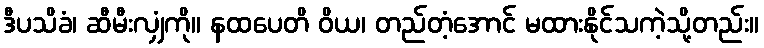
ဒီပသိခံ၊ ဆီမီးလျှံကို။ နထပေတိ ဝိယ၊ တည်တံ့အောင် မထားနိုင်သကဲ့သို့တည်း။